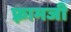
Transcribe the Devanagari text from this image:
फ़्रामजी